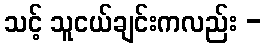
သင့် သူငယ်ချင်းကလည်း -